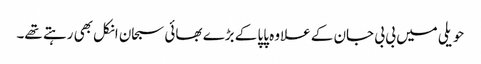
حویلی میں بی بی جان کے علاوہ پاپا کے بڑے بھائی سبحان انکل بھی رہتے تھے۔